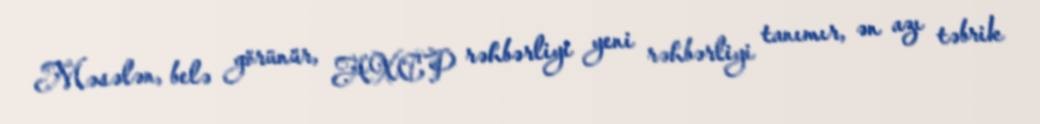
Məsələn, belə görünür, AXCP rəhbərliyi yeni rəhbərliyi tanımır, ən azı təbrik